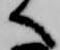
へ